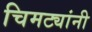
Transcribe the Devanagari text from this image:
चिमट्यांनी